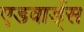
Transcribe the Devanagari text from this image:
एडवार्ड्स